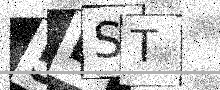
Text: 5DST